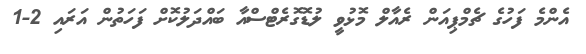
އެންމެ ފަހުގެ ޗެމްޕިއަން ރެއާލް މޮޅުވީ ލުޑޮގޮރެޓްސްއާ ބައްދަލުކޮށް ފަހަތުން އަރައި 2-1